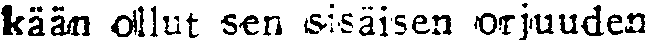
kään ollut sen sisäisen orjuuden